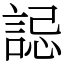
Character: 誋